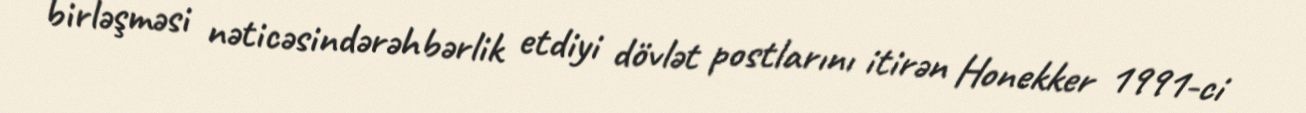
birləşməsi nəticəsindərəhbərlik etdiyi dövlət postlarını itirən Honekker 1991-ci